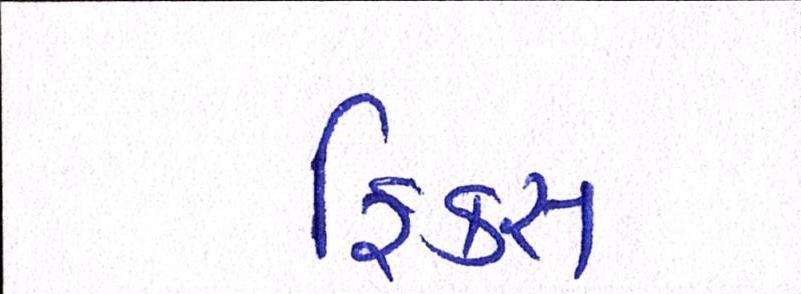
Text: ફિક્સ